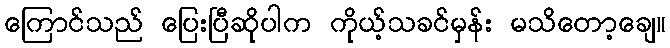
ကြောင်သည် ပြေးပြီဆိုပါက ကိုယ့်သခင်မှန်း မသိတော့ချေ။